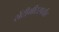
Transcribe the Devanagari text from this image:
सेंटीमीटरपर्यंत